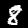
Digit: 8